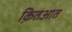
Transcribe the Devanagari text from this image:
क़ितआत